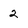
Character: 2